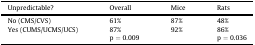
<table><thead><tr><td><b>Unpredictable?</b></td><td><b>Overall</b></td><td><b>Mice</b></td><td><b>Rats</b></td></tr></thead><tbody><tr><td>No (CMS/CVS)</td><td>61%</td><td>87%</td><td>48%</td></tr><tr><td>Yes (CUMS/UCMS/UCS)</td><td>87%</td><td>92%</td><td>86%</td></tr><tr><td></td><td>p = 0.009</td><td></td><td>p = 0.036</td></tr></tbody></table>